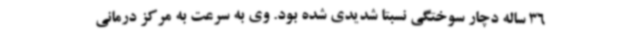
36 ساله دچار سوختگی نسبتا شدیدی شده بود. وی به سرعت به مرکز درمانی